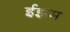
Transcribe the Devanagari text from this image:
ईझम